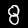
Digit: 8